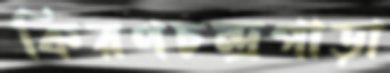
কিরণচন্দ্রপাড়া